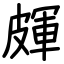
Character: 皹